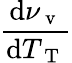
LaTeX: \frac{\mathrm{d}\nu_{\mathrm{~v~}}}{\mathrm{d}T_{\mathrm{~T~}}}